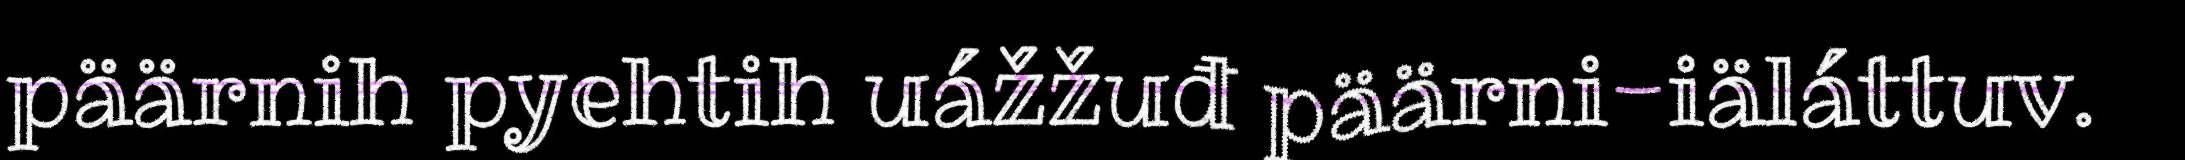
päärnih pyehtih uážžuđ päärni-iäláttuv.